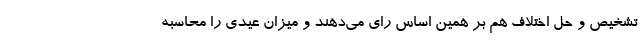
تشخیص و حل اختلاف هم بر همین اساس رای می‌دهند و میزان عیدی را محاسبه